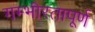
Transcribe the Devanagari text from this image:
गम्भीरतापूर्ण